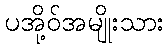
ပအို့ဝ်အမျိုးသား